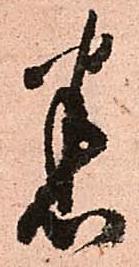
悉